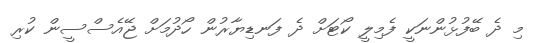
މި ދެ ބޭފުޅުންނަކީ ފެމިލީ ކޯޓަށް ދެ ފަނޑިޔާރުން ހޯދުމަށް ޖޭއެސްސީން ކުރި